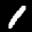
Label: 1